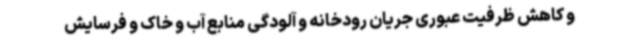
و کاهش ظرفیت عبوری جریان رودخانه و آلودگی منابع آب و خاک و فرسایش